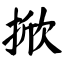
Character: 掀